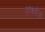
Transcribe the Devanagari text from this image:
यंत्रवेत्ता